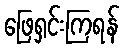
ဖြေရှင်းကြရန်